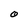
Character: O